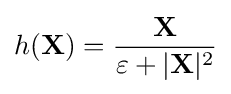
h(\mathbf {X} )={\frac {\mathbf {X} }{\varepsilon +|\mathbf {X} |^{2}}}